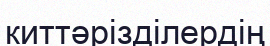
киттәрізділердің